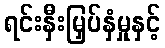
ရင်းနှီးမြှပ်နှံမှုနှင့်